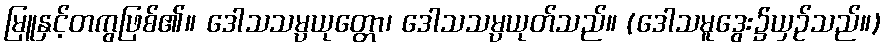
မြူနှင့်တကွဖြစ်၏။ ဒေါသသမ္ပယုတ္တော၊ ဒေါသသမ္ပယုတ်သည်။ (ဒေါသမူဒွေး၌ယှဉ်သည်။)